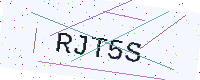
Text: RJT5S